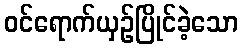
ဝင်ရောက်ယှဉ်ပြိုင်ခဲ့သော